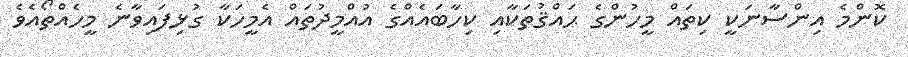
ކޮންމެ އިންސާނަކީ ކިތައް މީހުންގެ ޙައްޤުތަކާއި ކިހާބައެއްގެ އުއްމީދުތައް އެމީހަކާ ގުޅިފައިވާނެ މީހެއްތޯއެވެ